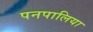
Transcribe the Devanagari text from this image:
पनपालिया